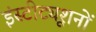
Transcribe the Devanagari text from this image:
इंस्टीट्यूशनों